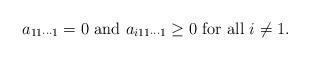
LaTeX: \begin{align*} a_{11\cdots1}=0\mbox{ and }a_{i11\cdots 1}\geq0\mbox{ for all }i\ne 1.\end{align*}